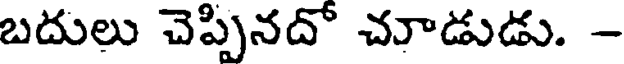
బదులు చెప్పినదో చూడుడు. -